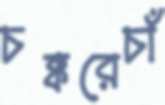
চক্করেচাঁ